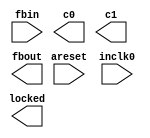
// megafunction wizard: %ALTPLL%VBB%
// GENERATION: STANDARD
// VERSION: WM1.0
// MODULE: altpll 

// ============================================================
// Megafunction Name(s):
// 			altpll
//
// Simulation Library Files(s):
// 			altera_mf
// ============================================================
// ************************************************************
// THIS IS A WIZARD-GENERATED FILE. DO NOT EDIT THIS FILE!
//
// 12.0 Build 178 05/31/2012 SJ Full Version
// ************************************************************

//Copyright (C) 1991-2012 Altera Corporation
//Your use of Altera Corporation's design tools, logic functions 
//and other software and tools, and its AMPP partner logic 
//functions, and any output files from any of the foregoing 
//(including device programming or simulation files), and any 
//associated documentation or information are expressly subject 
//to the terms and conditions of the Altera Program License 
//Subscription Agreement, Altera MegaCore Function License 
//Agreement, or other applicable license agreement, including, 
//without limitation, that your use is for the sole purpose of 
//programming logic devices manufactured by Altera and sold by 
//Altera or its authorized distributors.  Please refer to the 
//applicable agreement for further details.

module alt_pll (
	areset,
	fbin,
	inclk0,
	c0,
	c1,
	fbout,
	locked);

	input	  areset;
	input	  fbin;
	input	  inclk0;
	output	  c0;
	output	  c1;
	output	  fbout;
	output	  locked;
`ifndef ALTERA_RESERVED_QIS
// synopsys translate_off
`endif
	tri0	  areset;
	tri1	  fbin;
`ifndef ALTERA_RESERVED_QIS
// synopsys translate_on
`endif

endmodule

// ============================================================
// CNX file retrieval info
// ============================================================
// Retrieval info: PRIVATE: ACTIVECLK_CHECK STRING "0"
// Retrieval info: PRIVATE: BANDWIDTH STRING "1.000"
// Retrieval info: PRIVATE: BANDWIDTH_FEATURE_ENABLED STRING "1"
// Retrieval info: PRIVATE: BANDWIDTH_FREQ_UNIT STRING "MHz"
// Retrieval info: PRIVATE: BANDWIDTH_PRESET STRING "Low"
// Retrieval info: PRIVATE: BANDWIDTH_USE_AUTO STRING "1"
// Retrieval info: PRIVATE: BANDWIDTH_USE_PRESET STRING "0"
// Retrieval info: PRIVATE: CLKBAD_SWITCHOVER_CHECK STRING "0"
// Retrieval info: PRIVATE: CLKLOSS_CHECK STRING "0"
// Retrieval info: PRIVATE: CLKSWITCH_CHECK STRING "0"
// Retrieval info: PRIVATE: CNX_NO_COMPENSATE_RADIO STRING "0"
// Retrieval info: PRIVATE: CREATE_CLKBAD_CHECK STRING "0"
// Retrieval info: PRIVATE: CREATE_INCLK1_CHECK STRING "0"
// Retrieval info: PRIVATE: CUR_DEDICATED_CLK STRING "c0"
// Retrieval info: PRIVATE: CUR_FBIN_CLK STRING "c0"
// Retrieval info: PRIVATE: DEVICE_SPEED_GRADE STRING "Any"
// Retrieval info: PRIVATE: DIV_FACTOR0 NUMERIC "1"
// Retrieval info: PRIVATE: DIV_FACTOR1 NUMERIC "1"
// Retrieval info: PRIVATE: DUTY_CYCLE0 STRING "50.00000000"
// Retrieval info: PRIVATE: DUTY_CYCLE1 STRING "50.00000000"
// Retrieval info: PRIVATE: EFF_OUTPUT_FREQ_VALUE0 STRING "80.000000"
// Retrieval info: PRIVATE: EFF_OUTPUT_FREQ_VALUE1 STRING "320.000000"
// Retrieval info: PRIVATE: EXPLICIT_SWITCHOVER_COUNTER STRING "0"
// Retrieval info: PRIVATE: EXT_FEEDBACK_RADIO STRING "1"
// Retrieval info: PRIVATE: GLOCKED_COUNTER_EDIT_CHANGED STRING "1"
// Retrieval info: PRIVATE: GLOCKED_FEATURE_ENABLED STRING "0"
// Retrieval info: PRIVATE: GLOCKED_MODE_CHECK STRING "0"
// Retrieval info: PRIVATE: GLOCK_COUNTER_EDIT NUMERIC "1048575"
// Retrieval info: PRIVATE: HAS_MANUAL_SWITCHOVER STRING "1"
// Retrieval info: PRIVATE: INCLK0_FREQ_EDIT STRING "33.000"
// Retrieval info: PRIVATE: INCLK0_FREQ_UNIT_COMBO STRING "MHz"
// Retrieval info: PRIVATE: INCLK1_FREQ_EDIT STRING "80.000"
// Retrieval info: PRIVATE: INCLK1_FREQ_EDIT_CHANGED STRING "1"
// Retrieval info: PRIVATE: INCLK1_FREQ_UNIT_CHANGED STRING "1"
// Retrieval info: PRIVATE: INCLK1_FREQ_UNIT_COMBO STRING "MHz"
// Retrieval info: PRIVATE: INTENDED_DEVICE_FAMILY STRING "Stratix IV"
// Retrieval info: PRIVATE: INT_FEEDBACK__MODE_RADIO STRING "0"
// Retrieval info: PRIVATE: LOCKED_OUTPUT_CHECK STRING "1"
// Retrieval info: PRIVATE: LONG_SCAN_RADIO STRING "1"
// Retrieval info: PRIVATE: LVDS_MODE_DATA_RATE STRING "Not Available"
// Retrieval info: PRIVATE: LVDS_MODE_DATA_RATE_DIRTY NUMERIC "0"
// Retrieval info: PRIVATE: LVDS_PHASE_SHIFT_UNIT0 STRING "deg"
// Retrieval info: PRIVATE: LVDS_PHASE_SHIFT_UNIT1 STRING "deg"
// Retrieval info: PRIVATE: MIG_DEVICE_SPEED_GRADE STRING "Any"
// Retrieval info: PRIVATE: MULT_FACTOR0 NUMERIC "1"
// Retrieval info: PRIVATE: MULT_FACTOR1 NUMERIC "1"
// Retrieval info: PRIVATE: NORMAL_MODE_RADIO STRING "1"
// Retrieval info: PRIVATE: OUTPUT_FREQ0 STRING "80.00000000"
// Retrieval info: PRIVATE: OUTPUT_FREQ1 STRING "320.00000000"
// Retrieval info: PRIVATE: OUTPUT_FREQ_MODE0 STRING "1"
// Retrieval info: PRIVATE: OUTPUT_FREQ_MODE1 STRING "1"
// Retrieval info: PRIVATE: OUTPUT_FREQ_UNIT0 STRING "MHz"
// Retrieval info: PRIVATE: OUTPUT_FREQ_UNIT1 STRING "MHz"
// Retrieval info: PRIVATE: PHASE_RECONFIG_FEATURE_ENABLED STRING "1"
// Retrieval info: PRIVATE: PHASE_RECONFIG_INPUTS_CHECK STRING "0"
// Retrieval info: PRIVATE: PHASE_SHIFT0 STRING "0.00000000"
// Retrieval info: PRIVATE: PHASE_SHIFT1 STRING "0.00000000"
// Retrieval info: PRIVATE: PHASE_SHIFT_STEP_ENABLED_CHECK STRING "0"
// Retrieval info: PRIVATE: PHASE_SHIFT_UNIT0 STRING "deg"
// Retrieval info: PRIVATE: PHASE_SHIFT_UNIT1 STRING "deg"
// Retrieval info: PRIVATE: PLL_ADVANCED_PARAM_CHECK STRING "0"
// Retrieval info: PRIVATE: PLL_ARESET_CHECK STRING "1"
// Retrieval info: PRIVATE: PLL_AUTOPLL_CHECK NUMERIC "1"
// Retrieval info: PRIVATE: PLL_ENHPLL_CHECK NUMERIC "0"
// Retrieval info: PRIVATE: PLL_FASTPLL_CHECK NUMERIC "0"
// Retrieval info: PRIVATE: PLL_FBMIMIC_CHECK STRING "0"
// Retrieval info: PRIVATE: PLL_LVDS_PLL_CHECK NUMERIC "0"
// Retrieval info: PRIVATE: PLL_PFDENA_CHECK STRING "0"
// Retrieval info: PRIVATE: PLL_TARGET_HARCOPY_CHECK NUMERIC "0"
// Retrieval info: PRIVATE: PRIMARY_CLK_COMBO STRING "inclk0"
// Retrieval info: PRIVATE: RECONFIG_FILE STRING "alt_pll.mif"
// Retrieval info: PRIVATE: SACN_INPUTS_CHECK STRING "0"
// Retrieval info: PRIVATE: SCAN_FEATURE_ENABLED STRING "1"
// Retrieval info: PRIVATE: SELF_RESET_LOCK_LOSS STRING "0"
// Retrieval info: PRIVATE: SHORT_SCAN_RADIO STRING "0"
// Retrieval info: PRIVATE: SPREAD_FEATURE_ENABLED STRING "0"
// Retrieval info: PRIVATE: SPREAD_FREQ STRING "50.000"
// Retrieval info: PRIVATE: SPREAD_FREQ_UNIT STRING "KHz"
// Retrieval info: PRIVATE: SPREAD_PERCENT STRING "0.500"
// Retrieval info: PRIVATE: SPREAD_USE STRING "0"
// Retrieval info: PRIVATE: SRC_SYNCH_COMP_RADIO STRING "0"
// Retrieval info: PRIVATE: STICKY_CLK0 STRING "1"
// Retrieval info: PRIVATE: STICKY_CLK1 STRING "1"
// Retrieval info: PRIVATE: SWITCHOVER_COUNT_EDIT NUMERIC "1"
// Retrieval info: PRIVATE: SWITCHOVER_FEATURE_ENABLED STRING "1"
// Retrieval info: PRIVATE: SYNTH_WRAPPER_GEN_POSTFIX STRING "0"
// Retrieval info: PRIVATE: USE_CLK0 STRING "1"
// Retrieval info: PRIVATE: USE_CLK1 STRING "1"
// Retrieval info: PRIVATE: USE_MIL_SPEED_GRADE NUMERIC "0"
// Retrieval info: PRIVATE: ZERO_DELAY_RADIO STRING "0"
// Retrieval info: LIBRARY: altera_mf altera_mf.altera_mf_components.all
// Retrieval info: CONSTANT: BANDWIDTH_TYPE STRING "AUTO"
// Retrieval info: CONSTANT: CLK0_DIVIDE_BY NUMERIC "33"
// Retrieval info: CONSTANT: CLK0_DUTY_CYCLE NUMERIC "50"
// Retrieval info: CONSTANT: CLK0_MULTIPLY_BY NUMERIC "80"
// Retrieval info: CONSTANT: CLK0_PHASE_SHIFT STRING "0"
// Retrieval info: CONSTANT: CLK1_DIVIDE_BY NUMERIC "33"
// Retrieval info: CONSTANT: CLK1_DUTY_CYCLE NUMERIC "50"
// Retrieval info: CONSTANT: CLK1_MULTIPLY_BY NUMERIC "320"
// Retrieval info: CONSTANT: CLK1_PHASE_SHIFT STRING "0"
// Retrieval info: CONSTANT: INCLK0_INPUT_FREQUENCY NUMERIC "30303"
// Retrieval info: CONSTANT: INTENDED_DEVICE_FAMILY STRING "Stratix IV"
// Retrieval info: CONSTANT: LPM_TYPE STRING "altpll"
// Retrieval info: CONSTANT: OPERATION_MODE STRING "EXTERNAL_FEEDBACK"
// Retrieval info: CONSTANT: PLL_TYPE STRING "AUTO"
// Retrieval info: CONSTANT: PORT_ACTIVECLOCK STRING "PORT_UNUSED"
// Retrieval info: CONSTANT: PORT_ARESET STRING "PORT_USED"
// Retrieval info: CONSTANT: PORT_CLKBAD0 STRING "PORT_UNUSED"
// Retrieval info: CONSTANT: PORT_CLKBAD1 STRING "PORT_UNUSED"
// Retrieval info: CONSTANT: PORT_CLKLOSS STRING "PORT_UNUSED"
// Retrieval info: CONSTANT: PORT_CLKSWITCH STRING "PORT_UNUSED"
// Retrieval info: CONSTANT: PORT_CONFIGUPDATE STRING "PORT_UNUSED"
// Retrieval info: CONSTANT: PORT_FBIN STRING "PORT_USED"
// Retrieval info: CONSTANT: PORT_FBOUT STRING "PORT_USED"
// Retrieval info: CONSTANT: PORT_INCLK0 STRING "PORT_USED"
// Retrieval info: CONSTANT: PORT_INCLK1 STRING "PORT_UNUSED"
// Retrieval info: CONSTANT: PORT_LOCKED STRING "PORT_USED"
// Retrieval info: CONSTANT: PORT_PFDENA STRING "PORT_UNUSED"
// Retrieval info: CONSTANT: PORT_PHASECOUNTERSELECT STRING "PORT_UNUSED"
// Retrieval info: CONSTANT: PORT_PHASEDONE STRING "PORT_UNUSED"
// Retrieval info: CONSTANT: PORT_PHASESTEP STRING "PORT_UNUSED"
// Retrieval info: CONSTANT: PORT_PHASEUPDOWN STRING "PORT_UNUSED"
// Retrieval info: CONSTANT: PORT_PLLENA STRING "PORT_UNUSED"
// Retrieval info: CONSTANT: PORT_SCANACLR STRING "PORT_UNUSED"
// Retrieval info: CONSTANT: PORT_SCANCLK STRING "PORT_UNUSED"
// Retrieval info: CONSTANT: PORT_SCANCLKENA STRING "PORT_UNUSED"
// Retrieval info: CONSTANT: PORT_SCANDATA STRING "PORT_UNUSED"
// Retrieval info: CONSTANT: PORT_SCANDATAOUT STRING "PORT_UNUSED"
// Retrieval info: CONSTANT: PORT_SCANDONE STRING "PORT_UNUSED"
// Retrieval info: CONSTANT: PORT_SCANREAD STRING "PORT_UNUSED"
// Retrieval info: CONSTANT: PORT_SCANWRITE STRING "PORT_UNUSED"
// Retrieval info: CONSTANT: PORT_clk0 STRING "PORT_USED"
// Retrieval info: CONSTANT: PORT_clk1 STRING "PORT_USED"
// Retrieval info: CONSTANT: PORT_clk2 STRING "PORT_UNUSED"
// Retrieval info: CONSTANT: PORT_clk3 STRING "PORT_UNUSED"
// Retrieval info: CONSTANT: PORT_clk4 STRING "PORT_UNUSED"
// Retrieval info: CONSTANT: PORT_clk5 STRING "PORT_UNUSED"
// Retrieval info: CONSTANT: PORT_clk6 STRING "PORT_UNUSED"
// Retrieval info: CONSTANT: PORT_clk7 STRING "PORT_UNUSED"
// Retrieval info: CONSTANT: PORT_clk8 STRING "PORT_UNUSED"
// Retrieval info: CONSTANT: PORT_clk9 STRING "PORT_UNUSED"
// Retrieval info: CONSTANT: PORT_clkena0 STRING "PORT_UNUSED"
// Retrieval info: CONSTANT: PORT_clkena1 STRING "PORT_UNUSED"
// Retrieval info: CONSTANT: PORT_clkena2 STRING "PORT_UNUSED"
// Retrieval info: CONSTANT: PORT_clkena3 STRING "PORT_UNUSED"
// Retrieval info: CONSTANT: PORT_clkena4 STRING "PORT_UNUSED"
// Retrieval info: CONSTANT: PORT_clkena5 STRING "PORT_UNUSED"
// Retrieval info: CONSTANT: SELF_RESET_ON_LOSS_LOCK STRING "OFF"
// Retrieval info: CONSTANT: USING_FBMIMICBIDIR_PORT STRING "OFF"
// Retrieval info: CONSTANT: WIDTH_CLOCK NUMERIC "10"
// Retrieval info: USED_PORT: @clk 0 0 10 0 OUTPUT_CLK_EXT VCC "@clk[9..0]"
// Retrieval info: USED_PORT: areset 0 0 0 0 INPUT GND "areset"
// Retrieval info: USED_PORT: c0 0 0 0 0 OUTPUT_CLK_EXT VCC "c0"
// Retrieval info: USED_PORT: c1 0 0 0 0 OUTPUT_CLK_EXT VCC "c1"
// Retrieval info: USED_PORT: fbin 0 0 0 0 INPUT VCC "fbin"
// Retrieval info: USED_PORT: fbout 0 0 0 0 OUTPUT VCC "fbout"
// Retrieval info: USED_PORT: inclk0 0 0 0 0 INPUT_CLK_EXT GND "inclk0"
// Retrieval info: USED_PORT: locked 0 0 0 0 OUTPUT GND "locked"
// Retrieval info: CONNECT: @areset 0 0 0 0 areset 0 0 0 0
// Retrieval info: CONNECT: @fbin 0 0 0 0 fbin 0 0 0 0
// Retrieval info: CONNECT: @inclk 0 0 1 1 GND 0 0 0 0
// Retrieval info: CONNECT: @inclk 0 0 1 0 inclk0 0 0 0 0
// Retrieval info: CONNECT: c0 0 0 0 0 @clk 0 0 1 0
// Retrieval info: CONNECT: c1 0 0 0 0 @clk 0 0 1 1
// Retrieval info: CONNECT: fbout 0 0 0 0 @fbout 0 0 0 0
// Retrieval info: CONNECT: locked 0 0 0 0 @locked 0 0 0 0
// Retrieval info: GEN_FILE: TYPE_NORMAL alt_pll.v TRUE
// Retrieval info: GEN_FILE: TYPE_NORMAL alt_pll.ppf TRUE
// Retrieval info: GEN_FILE: TYPE_NORMAL alt_pll.inc FALSE
// Retrieval info: GEN_FILE: TYPE_NORMAL alt_pll.cmp FALSE
// Retrieval info: GEN_FILE: TYPE_NORMAL alt_pll.bsf FALSE
// Retrieval info: GEN_FILE: TYPE_NORMAL alt_pll_inst.v TRUE
// Retrieval info: GEN_FILE: TYPE_NORMAL alt_pll_bb.v TRUE
// Retrieval info: LIB_FILE: altera_mf
// Retrieval info: CBX_MODULE_PREFIX: ON